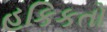
હકિકતો